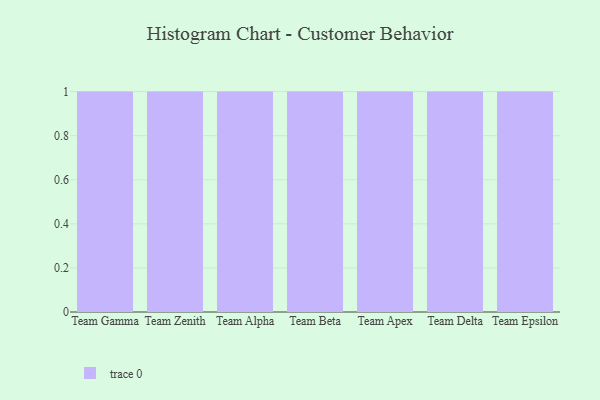
{"axis": {"x": "Team", "y": "Operating Costs (USD K)"}, "legend": [""], "data": [{"x": "Team Gamma", "y": 21, "type": ""}, {"x": "Team Zenith", "y": 57, "type": ""}, {"x": "Team Alpha", "y": 21, "type": ""}, {"x": "Team Beta", "y": 57, "type": ""}, {"x": "Team Apex", "y": 72, "type": ""}, {"x": "Team Delta", "y": 23, "type": ""}, {"x": "Team Epsilon", "y": 48, "type": ""}]}